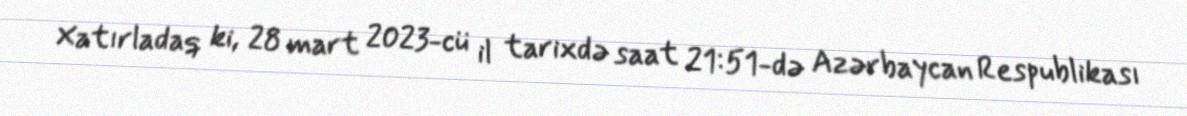
Xatırladaq ki, 28 mart 2023-cü il tarixdə saat 21:51-də Azərbaycan Respublikası